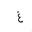
Letter: _gayn